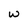
Character: W